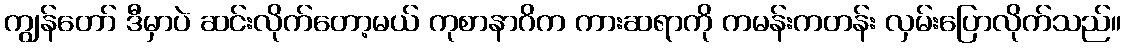
ကျွန်တော် ဒီမှာပဲ ဆင်းလိုက်တော့မယ် ကုစာနာဂိက ကားဆရာကို ကမန်းကတန်း လှမ်းပြောလိုက်သည်။